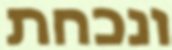
ונכחת